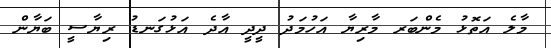
މާލެ އަތޮޅު މެންބަރ މާރިޔާ އަހުމަދު ދީދީ އާދެ އަޅުގަނޑު ރިޔާސީ ބަޔާން